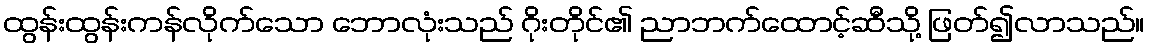
ထွန်းထွန်းကန်လိုက်သော ဘောလုံးသည် ဂိုးတိုင်၏ ညာဘက်ထောင့်ဆီသို့ ဖြတ်၍လာသည်။